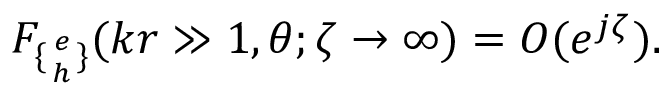
F _ { \{ { e \atop h } \} } ( k r \gg 1 , \theta ; \zeta \to \infty ) = O ( e ^ { j \zeta } ) .